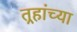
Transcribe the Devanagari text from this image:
तर्‍हांच्या